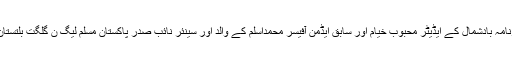
واضح رہے کہ مرحوم گلگت بلتستان کے سینئر صحافی روزنامہ بادشمال کے ایڈیٹر محبوب خیام اور سابق ایڈمن آفیسر محمداسلم کے والد اور سینئر نائب صدر پاکستان مسلم لیگ ن گلگت بلتستان وسابق ممبر ضلع کونسل گلگت حیات بیگ کے بہنوی تھے۔